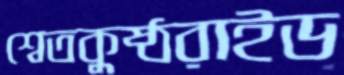
শ্বেতকুষ্ঠরাইড